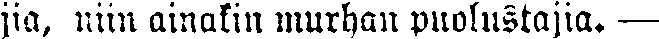
jia, niin ainakin murhan puolustajia. —